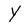
Character: Y